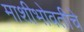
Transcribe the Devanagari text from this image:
माशीभोवतीचे